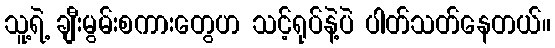
သူ့ရဲ့ ချီးမွမ်းစကားတွေဟ သင့်ရုပ်နဲ့ပဲ ပါတ်သတ်နေတယ်။